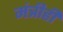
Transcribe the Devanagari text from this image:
मंत्रीही